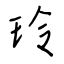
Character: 玲